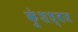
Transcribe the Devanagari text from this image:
कुंशध्वज